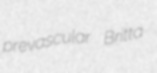
prevascular Britta